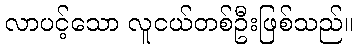
လာပင့်သော လူငယ်တစ်ဦးဖြစ်သည်။